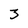
Character: 3